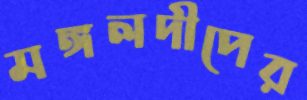
মঙ্গলদীপের